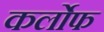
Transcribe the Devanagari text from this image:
कर्लोफ